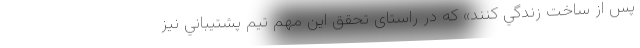
پس از ساخت زندگي كنند» که در راستای تحقق این مهم تيم پشتيباني نيز